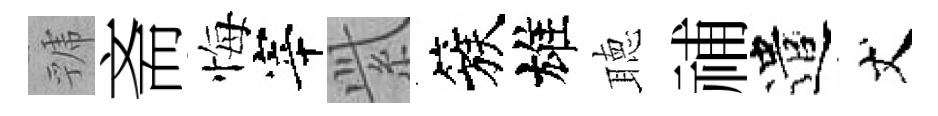
虢斋悔宰𬗋簇雄聴𥙷遣丈